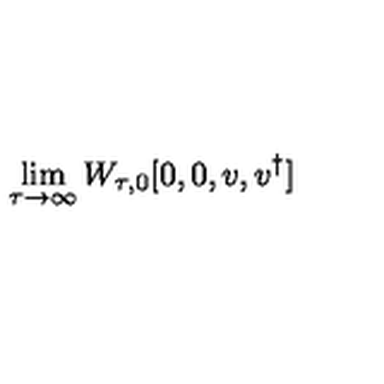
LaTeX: \lim _ { \tau \rightarrow \infty } W _ { \tau , 0 } [ 0 , 0 , { v } , { v } ^ { \dagger } ]